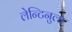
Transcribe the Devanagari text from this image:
लेन्टिनुला